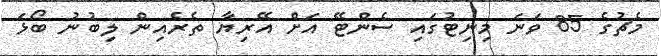
މެޗުގެ 85 ވަނަ މިނިޓުގައި ސެންޓޭ އަށް އޭރިޔާ ތެރެއިން ލިބުނު ބޯޅަ